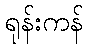
ရုန်းကန်